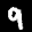
Label: 9